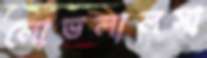
লোভলালসা